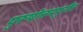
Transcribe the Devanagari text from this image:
पुरूषोत्तमपुरीत